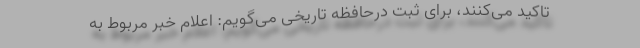
تاکید می‌کنند، برای ثبت درحافظه تاریخی می‌گویم: اعلام خبر مربوط به